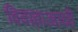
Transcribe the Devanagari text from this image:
विवाहाआधी